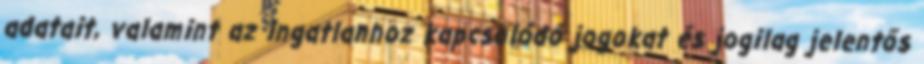
adatait, valamint az ingatlanhoz kapcsolódó jogokat és jogilag jelentős